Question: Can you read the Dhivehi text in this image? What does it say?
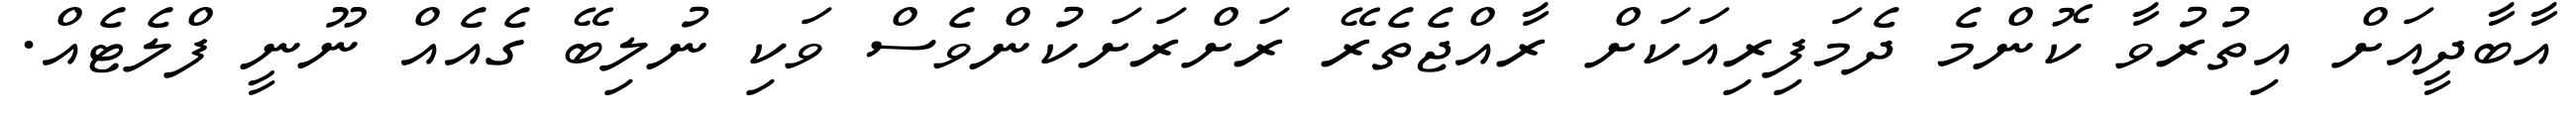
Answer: އާބާދީއަށް އިތުރުވާ ކޮންމެ ދެމަފިރިއަކަށް ރާއްޖެތެރޭ ރަށްރަށަކުންވެސް ވަކި ނުލިބޭ ގެއެއް ނޫނީ ފްލެޓެއް.